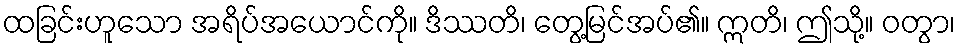
ထခြင်းဟူသော အရိပ်အယောင်ကို။ ဒိဿတိ၊ တွေ့မြင်အပ်၏။ ဣတိ၊ ဤသို့။ ဝတွာ၊